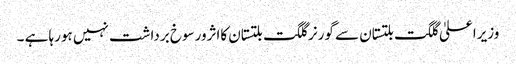
وزیراعلیٰ گلگت بلتستان سے گورنر گلگت بلتستان کااثرورسوخ برداشت نہیں ہورہا ہے ۔